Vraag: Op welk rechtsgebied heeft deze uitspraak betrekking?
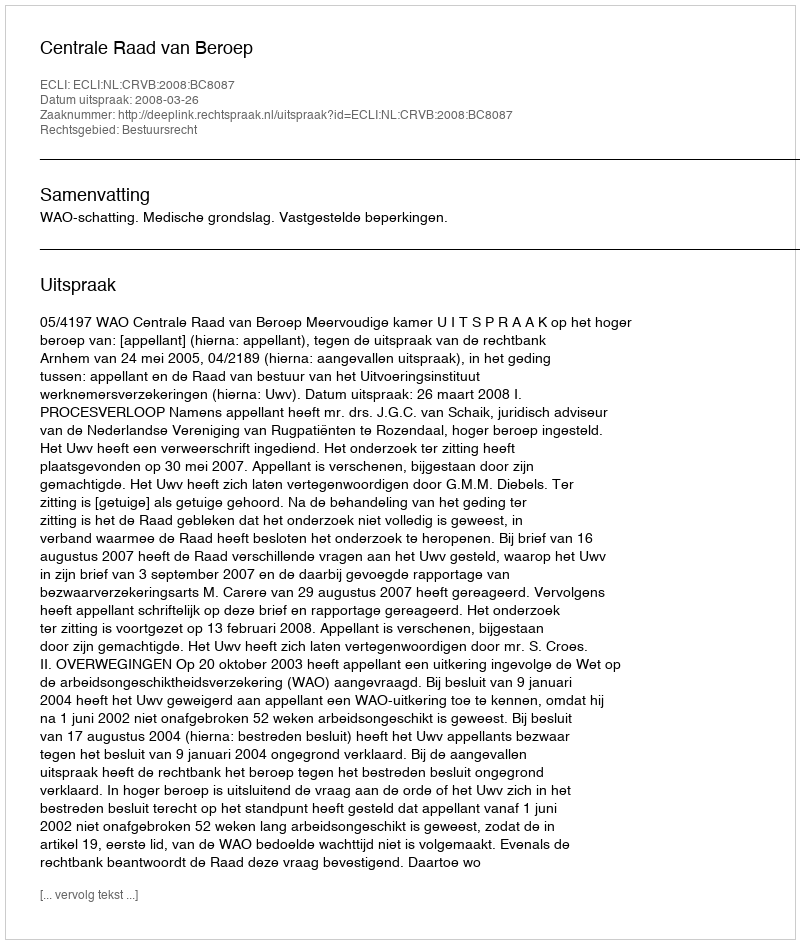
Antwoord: Bestuursrecht